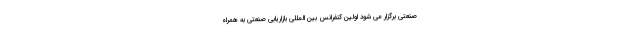
صنعتی برگزار می شود اولین کنفرانس بین المللی بازاریابی صنعتی به همراه